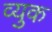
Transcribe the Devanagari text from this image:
व्युक